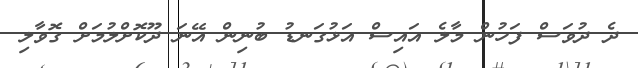
ދެ ދުވަސް ފަހުން މާލެ އައިސް އަޅުގަނޑު ބުނިން އޭނަ ދޫކޮށްލުމަށް ގޮވާލި